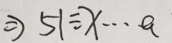
\Rightarrow 5 1 \div x \cdots a